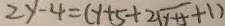
2 y - 4 = ( y + 5 + 2 \sqrt { y + 5 } + 1 )